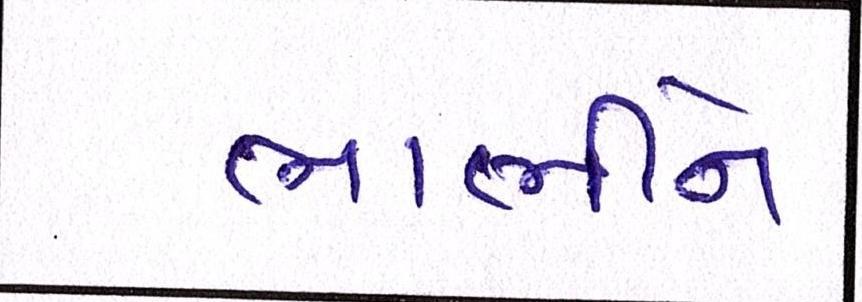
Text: ભાભીને